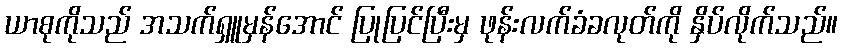
ယာစုကိုသည် အသက်ရှူမှန်အောင် ပြုပြင်ပြီးမှ ဖုန်းလက်ခံခလုတ်ကို နှိပ်လိုက်သည်။